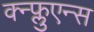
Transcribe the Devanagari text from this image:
क्न्फ्लुएन्स